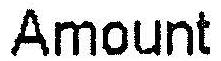
AMOUNT